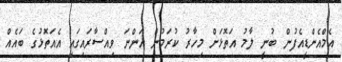
އެމްއެންޑީއެފުން ބުނީ ލާމު އަތޮޅަށް މިހާރު ކުރަމުން އަންނަ ވިއްސާރައިގައި އެއަތޮޅުގެ ބައެއް